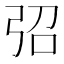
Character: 弨